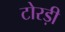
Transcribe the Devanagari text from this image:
टोरड़ी